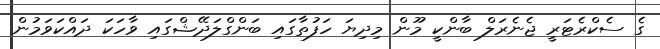
ގެ ސެކްރެޓަރީ ޖެނެރަލް ބާންކީ މޫން މިދިޔަ ހަފުތާގައި ބަންގްލަދޭޝްގައި ވާހަކަ ދައްކަވަމުން